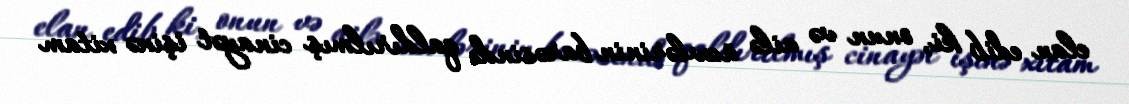
elan edib ki, onun və ailə üzvlərinin barəsində qaldırılmış cinayət işinə xitam